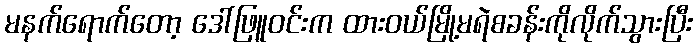
မနက်ရောက်တော့ ဒေါ်ဖြူဝင်းက ထားဝယ်မြို့မရဲစခန်းကိုလိုက်သွားပြီး